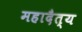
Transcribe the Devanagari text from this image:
महादैत्य